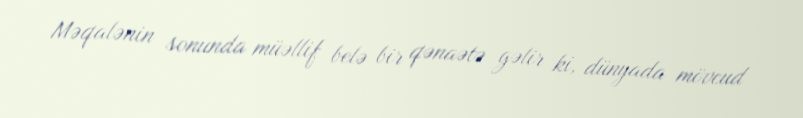
Məqalənin sonunda müəllif belə bir qənaətə gəlir ki, dünyada mövcud